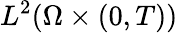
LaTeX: L^{2}(\Omega\times(0,T))